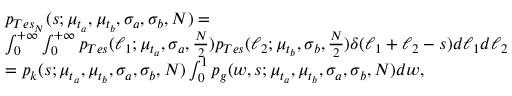
\begin{array} { r l } & { p _ { T e s _ { N } } ( s ; \mu _ { t _ { a } } , \mu _ { t _ { b } } , \sigma _ { a } , \sigma _ { b } , N ) = } \\ & { \int _ { 0 } ^ { + \infty } \int _ { 0 } ^ { + \infty } p _ { T e s } ( \ell _ { 1 } ; \mu _ { t _ { a } } , \sigma _ { a } , \frac { N } { 2 } ) p _ { T e s } ( \ell _ { 2 } ; \mu _ { t _ { b } } , \sigma _ { b } , \frac { N } { 2 } ) \delta ( \ell _ { 1 } + \ell _ { 2 } - s ) d \ell _ { 1 } d \ell _ { 2 } } \\ & { = p _ { k } ( s ; \mu _ { t _ { a } } , \mu _ { t _ { b } } , \sigma _ { a } , \sigma _ { b } , N ) \int _ { 0 } ^ { 1 } p _ { g } ( w , s ; \mu _ { t _ { a } } , \mu _ { t _ { b } } , \sigma _ { a } , \sigma _ { b } , N ) d w , } \end{array}